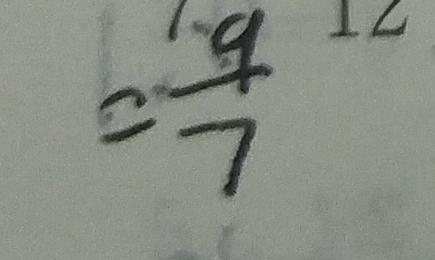
= \frac { 9 } { 7 }